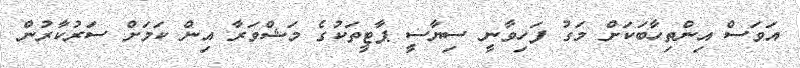
އަވަސް އިންތިހާބަކަށް މަގު ފަހިވާނީ ސިޔާސީ ޕާޓީތަކުގެ މަޝްވަރާ އިން ކަމަށް ސަރުކާރުން